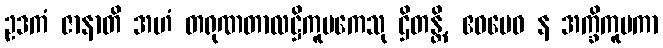
ဥဒကံ ဇာနာတိ အဟံ တရုဏတာလဋ္ဌိကူပကေသု ဌိတန္တိ, ဧဝမေဝ န အက္ခိကူပကာ